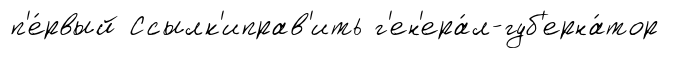
п'е́рвый Ссылк'иправ'ить г'ен'ера́л-губ'ерна́тор